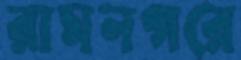
রামনগরে